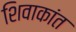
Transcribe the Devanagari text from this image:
शिवाकांत